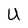
Character: U